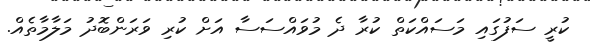
ކުރީ ސަފުގައި މަސައްކަތް ކުރާ ދެ މުވައްސަސާ އަށް ކުރި ވަރަންބޮދު މަލާމާތެއް.